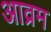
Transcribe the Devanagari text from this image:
आव्रम